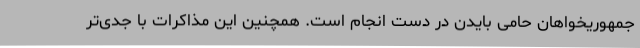
جمهوریخواهان حامی بایدن در دست انجام است. همچنین این مذاکرات با جدی‌تر